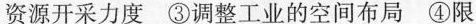
资源开采力度 ③调整工业的空间布局 ④限